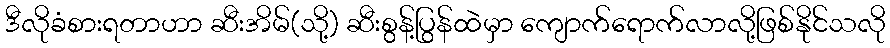
ဒီလိုခံစားရတာဟာ ဆီးအိမ်(သို့) ဆီးစွန့်ပြွန်ထဲမှာ ကျောက်ရောက်လာလို့ဖြစ်နိုင်သလို